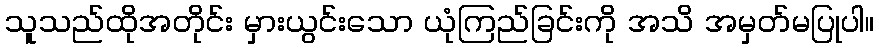
သူသည်ထိုအတိုင်း မှားယွင်းသော ယုံကြည်ခြင်းကို အသိ အမှတ်မပြုပါ။